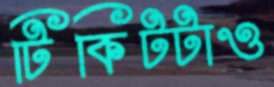
টিকিটটাও